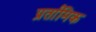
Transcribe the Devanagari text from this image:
प्रर्तामिक